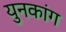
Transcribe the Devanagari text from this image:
युनकांग